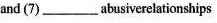
and（7）___abusiverelationgships